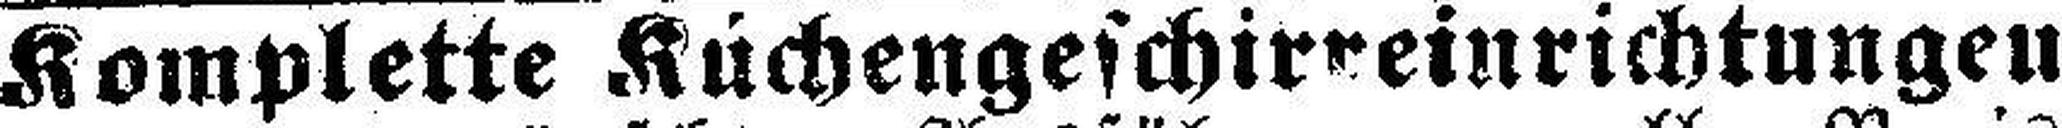
Komplette Küchengeschirreinrichtungen